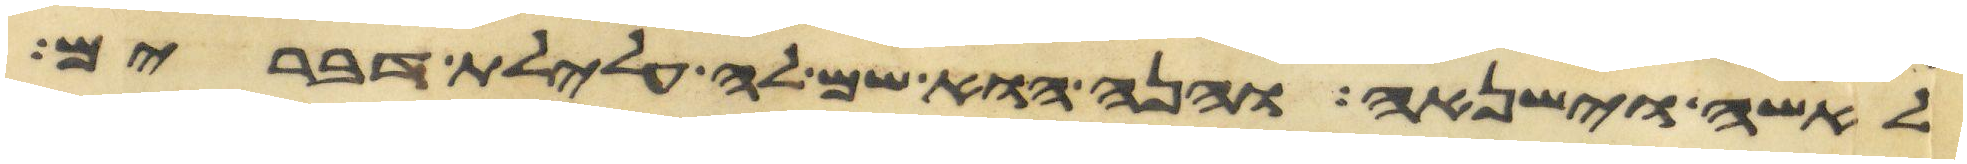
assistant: לאשה וישנאה והנה הוא שם לה עלילת דברים